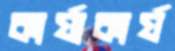
কার্যাকার্য